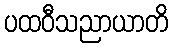
ပထဝီသညာယာတိ